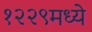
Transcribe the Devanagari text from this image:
१२२९मध्ये